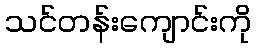
သင်တန်းကျောင်းကို